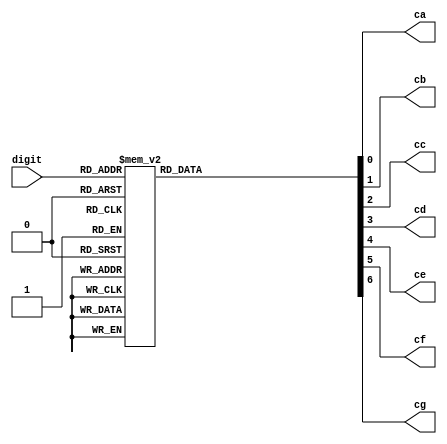
`timescale 1ns / 1ps
//////////////////////////////////////////////////////////////////////////////////
// Company: 
// Engineer: 
// 
// Design Name: 
// Module Name:    seg7_decoder 
// Project Name: 
// Target Devices: 
// Tool versions: 
// Description: 
//
// Dependencies: 
//
// Revision: 
// Revision 0.01 - File Created
// Additional Comments: 
//
//////////////////////////////////////////////////////////////////////////////////
module seg7_decoder(
    input [3:0] digit,
    output reg ca,
    output reg cb,
    output reg cc,
    output reg cd,
    output reg ce,
    output reg cf,
    output reg cg
    );

    always @ (*) begin
	     case (digit)
		      4'd0: begin
				    ca = 1'b0;
					 cb = 1'b0;
					 cc = 1'b0;
					 cd = 1'b0;
					 ce = 1'b0;
					 cf = 1'b0;
					 cg = 1'b1;
				end

		      4'd1: begin
				    ca = 1'b1;
					 cb = 1'b0;
					 cc = 1'b0;
					 cd = 1'b1;
					 ce = 1'b1;
					 cf = 1'b1;
					 cg = 1'b1;
				end

		      4'd2: begin
				    ca = 1'b0;
					 cb = 1'b0;
					 cc = 1'b1;
					 cd = 1'b0;
					 ce = 1'b0;
					 cf = 1'b1;
					 cg = 1'b0;
				end

		      4'd3: begin
				    ca = 1'b0;
					 cb = 1'b0;
					 cc = 1'b0;
					 cd = 1'b0;
					 ce = 1'b1;
					 cf = 1'b1;
					 cg = 1'b0;
				end

		      4'd4: begin
				    ca = 1'b1;
					 cb = 1'b0;
					 cc = 1'b0;
					 cd = 1'b1;
					 ce = 1'b1;
					 cf = 1'b0;
					 cg = 1'b0;
				end

		      4'd5: begin
				    ca = 1'b0;
					 cb = 1'b1;
					 cc = 1'b0;
					 cd = 1'b0;
					 ce = 1'b1;
					 cf = 1'b0;
					 cg = 1'b0;
				end

		      4'd6: begin
				    ca = 1'b0;
					 cb = 1'b1;
					 cc = 1'b0;
					 cd = 1'b0;
					 ce = 1'b0;
					 cf = 1'b0;
					 cg = 1'b0;
				end

		      4'd7: begin
				    ca = 1'b0;
					 cb = 1'b0;
					 cc = 1'b0;
					 cd = 1'b1;
					 ce = 1'b1;
					 cf = 1'b1;
					 cg = 1'b1;
				end

		      4'd8: begin
				    ca = 1'b0;
					 cb = 1'b0;
					 cc = 1'b0;
					 cd = 1'b0;
					 ce = 1'b0;
					 cf = 1'b0;
					 cg = 1'b0;
				end

		      4'd9: begin
				    ca = 1'b0;
					 cb = 1'b0;
					 cc = 1'b0;
					 cd = 1'b0;
					 ce = 1'b1;
					 cf = 1'b0;
					 cg = 1'b0;
				end
				 
				default: begin
				    ca = 1'b1;
					 cb = 1'b1;
					 cc = 1'b1;
					 cd = 1'b1;
					 ce = 1'b1;
					 cf = 1'b1;
					 cg = 1'b1;
				end
				
			endcase
			
		end

endmodule